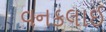
વનકલાઈ